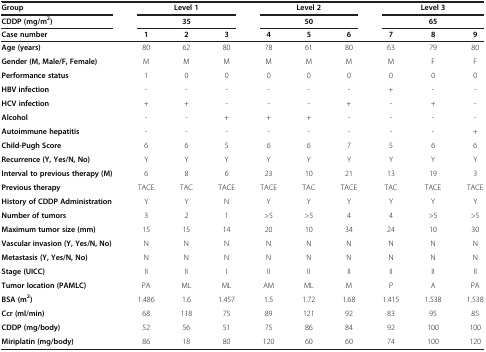
| Group | <COLSPAN=3> Level 1 | <COLSPAN=3> Level 2 | <COLSPAN=3> Level 3 |
 | CDDP (mg/m2) | <COLSPAN=3> 35 | <COLSPAN=3> 50 | <COLSPAN=3> 65 |
 | Case number | 1 | 2 | 3 | 4 | 5 | 6 | 7 | 8 | 9 |
 | --- | --- | --- | --- | --- | --- | --- | --- | --- | --- |
 | Age (years) | 80 | 62 | 80 | 78 | 61 | 80 | 63 | 79 | 80 |
 | Gender (M, Male/F, Female) | M | M | M | M | M | M | M | F | F |
 | Performance status | 1 | 0 | 0 | 0 | 0 | 0 | 0 | 0 | 0 |
 | HBV infection | - | - | - | - | - | - | + | - | - |
 | HCV infection | + | + | - | - | - | + | - | + | - |
 | Alcohol | - | - | + | + | + | - | - | - | - |
 | Autoimmune hepatitis | - | - | - | - | - | - | - | - | + |
 | Child-Pugh Score | 6 | 6 | 5 | 6 | 6 | 7 | 5 | 6 | 6 |
 | Recurrence (Y, Yes/N, No) | Y | Y | Y | Y | Y | Y | Y | Y | Y |
 | Interval to previous therapy (M) | 6 | 8 | 6 | 23 | 10 | 21 | 13 | 19 | 3 |
 | Previous therapy | TACE | TAC | TACE | TACE | TAC | TACE | TAC | TACE | TACE |
 | History of CDDP Administration | Y | Y | N | Y | Y | Y | Y | Y | Y |
 | Number of tumors | 3 | 2 | 1 | >5 | >5 | 4 | 4 | >5 | >5 |
 | Maximum tumor size (mm) | 15 | 15 | 14 | 20 | 10 | 34 | 24 | 10 | 30 |
 | Vascular invasion (Y, Yes/N, No) | N | N | N | N | N | N | N | N | N |
 | Metastasis (Y, Yes/N, No) | N | N | N | N | N | N | N | N | N |
 | Stage (UICC) | II | II | I | II | II | II | II | II | II |
 | Tumor location (PAMLC) | PA | ML | ML | AM | ML | M | P | A | PA |
 | BSA (m2) | 1.486 | 1.6 | 1.457 | 1.5 | 1.72 | 1.68 | 1.415 | 1.538 | 1.538 |
 | Ccr (ml/min) | 68 | 118 | 75 | 89 | 121 | 92 | 83 | 95 | 85 |
 | CDDP (mg/body) | 52 | 56 | 51 | 75 | 86 | 84 | 92 | 100 | 100 |
 | Miriplatin (mg/body) | 86 | 18 | 80 | 120 | 60 | 60 | 74 | 100 | 120 |